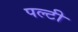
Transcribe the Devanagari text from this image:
पल्टी